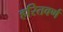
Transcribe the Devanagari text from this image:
हरितवर्ण